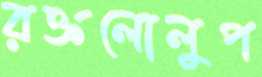
রক্তলোলুপ